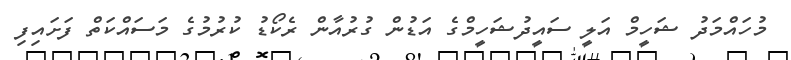
މުހައްމަދު ޝަހީމް އަލީ ސައީދުޝަހީމްގެ އަޑުން ގުރުއާން ރެކޯޑު ކުރުމުގެ މަސައްކަތް ފަށައިފި